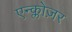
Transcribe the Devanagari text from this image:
एन्क्लोज़र